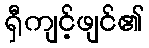
ရှီကျင့်ဖျင်၏